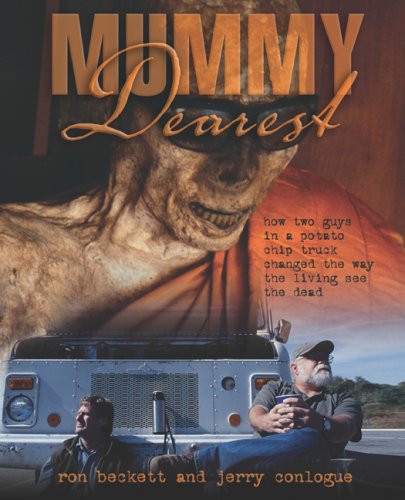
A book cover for Mummy Dearest: How Two Guys in a Potato Chip Truck Changed the Way the Living See the Dead; Ron Beckett; Religion & Spirituality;